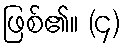
ဖြစ်၏။ (၄)